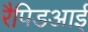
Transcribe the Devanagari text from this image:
रैपिडआई